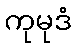
ကုမုဒံ